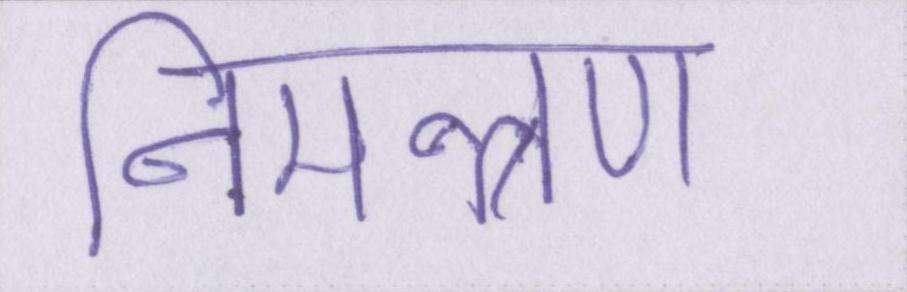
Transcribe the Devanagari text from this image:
निमन्त्रण